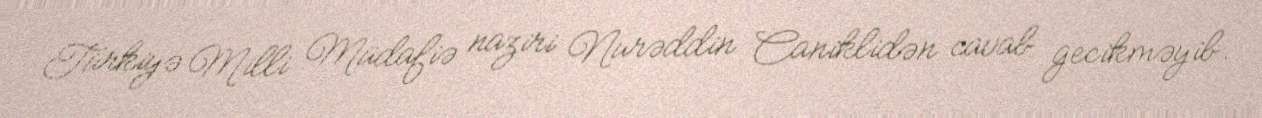
Türkiyə Milli Müdafiə naziri Nurəddin Caniklidən cavab gecikməyib.